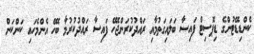
ކެންޑިޑޭޓުންގެ ޑިޕޮސިޓް ފައިސާ ބަލައިގަތުމާއި ރައްދުކުރަންޖެހޭ ފައިސާ ރައްދުކުރުމާ ބެހޭ އެންމެހައި ކަންކަން